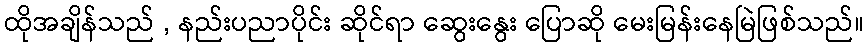
ထိုအချိန်သည် , နည်းပညာပိုင်း ဆိုင်ရာ ဆွေးနွေး ပြောဆို မေးမြန်းနေမြဲဖြစ်သည်။